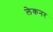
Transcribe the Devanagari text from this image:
लेकनर